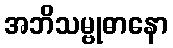
အဘိသမ္ဗုဓာနော